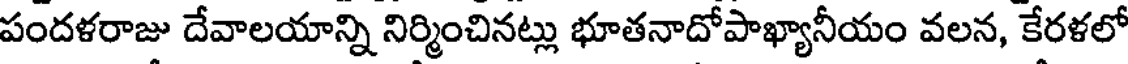
పందళరాజు దేవాలయాన్ని నిర్మించినట్లు భూతనాదోపాఖ్యానీయం వలన, కేరళలో